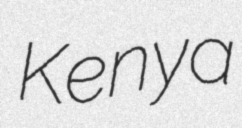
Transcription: Kenya